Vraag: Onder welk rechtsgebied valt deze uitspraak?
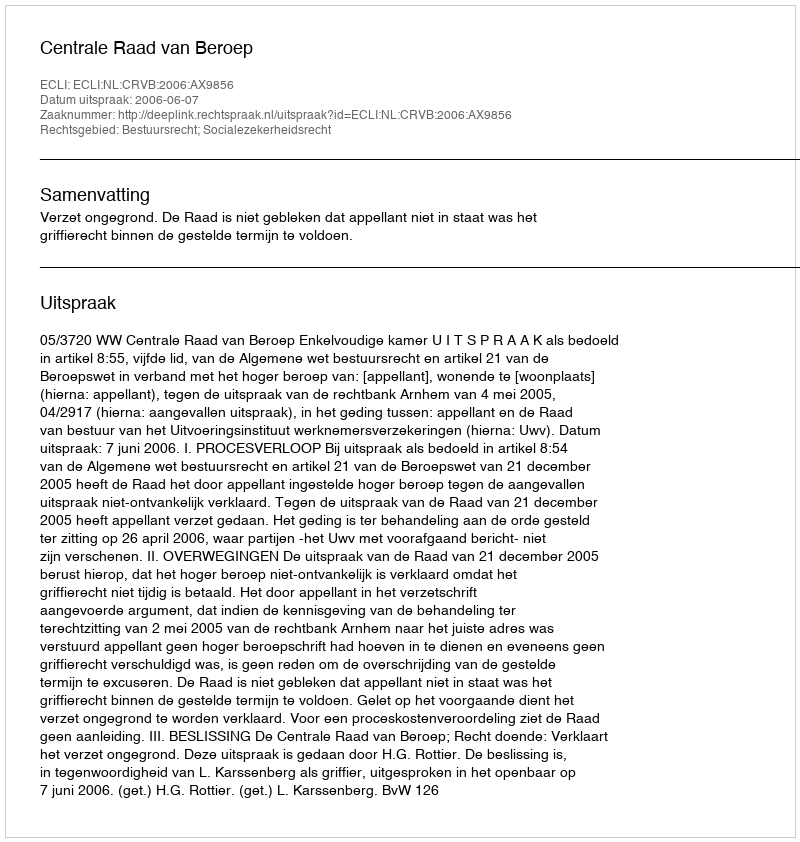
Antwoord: Bestuursrecht; Socialezekerheidsrecht